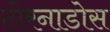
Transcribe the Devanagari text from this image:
टोरनाडोस